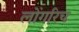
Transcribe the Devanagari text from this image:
लोंगरिच